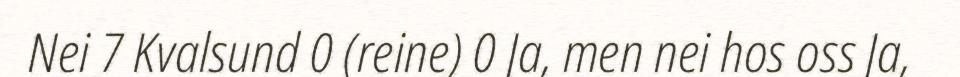
Nei 7 Kvalsund 0 (reine) 0 Ja, men nei hos oss Ja,